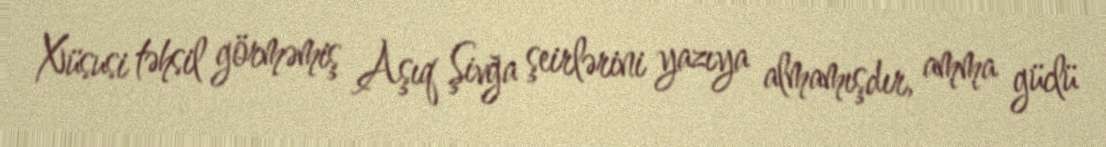
Xüsusi təhsil görməmiş Aşıq Şivğa şeirlərini yazıya almamışdır, amma güclü